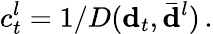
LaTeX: c_{t}^{l}=1/D({\mathbf d}_{t},\bar{{\mathbf d}}^{l})\, .